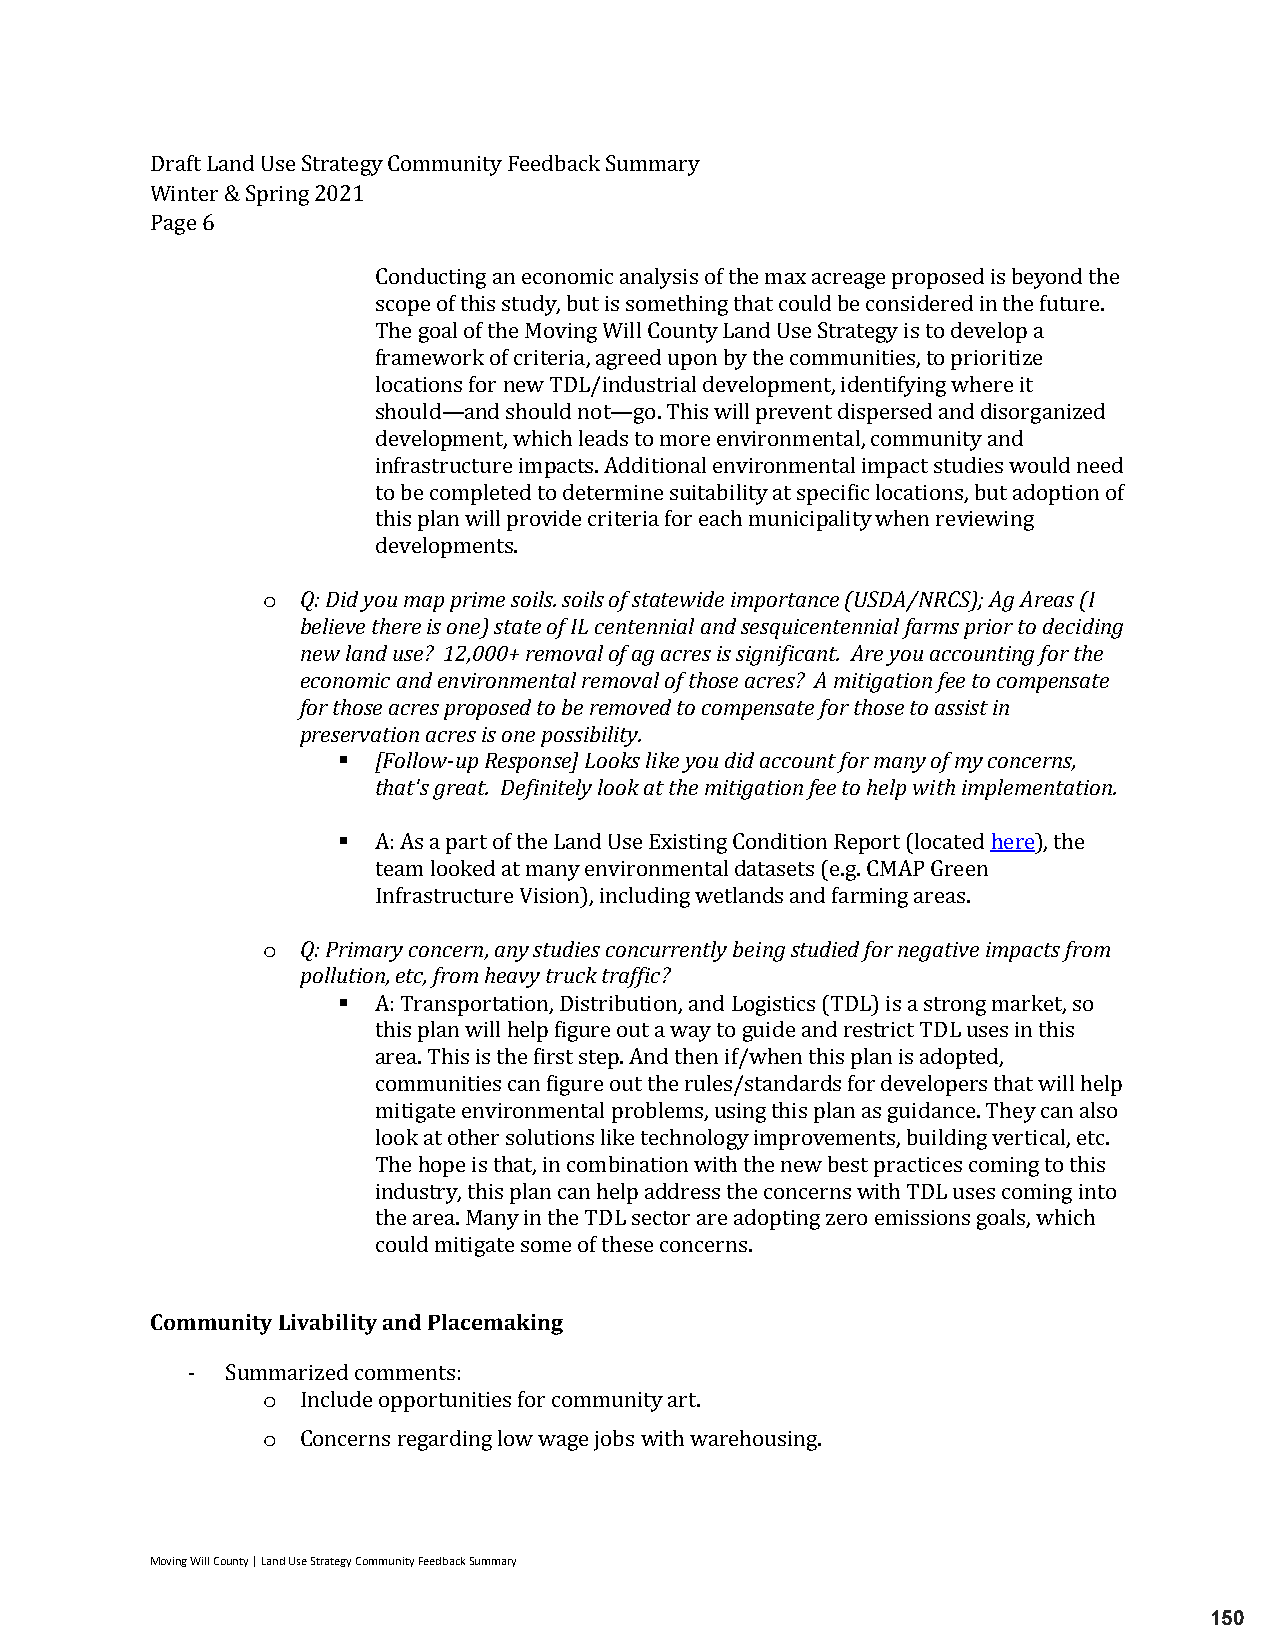
Draft Land Use Strategy Community Feedback Summary
 Winter & Spring 2021
 Page 6
 Conducting an economic analysis of the max acreage proposed is beyond the
 scope of this study, but is something that could be considered in the future.
 The goal of the Moving Will County Land Use Strategy is to develop a
 framework of criteria, agreed upon by the communities, to prioritize
 locations for new TDL/industrial development, identifying where it
 should—and should not—go. This will prevent dispersed and disorganized
 development, which leads to more environmental, community and
 infrastructure impacts. Additional environmental impact studies would need
 to be completed to determine suitability at specific locations, but adoption of
 this plan will provide criteria for each municipality when reviewing
 o  Q: Did yodue vmealopp pmriemnets s. o i l s. soils of statewide importance (USDA/NRCS); Ag Areas (I
 believe t here is one) state of IL centennial and sesquicentennial farms prior to deciding
 new land use? 12,000+ removal of ag acres is significant. Are you accounting for the
 economic and environmental removal of those acres? A mitigation fee to compensate
 for those acres proposed to be removed to compensate for those to assist in
 preservation acres is one possibility.
   [Follow-up Response] Looks like you did account for many of my concerns,
 that's great. Definitely look at the mitigation fee to help with implementation.
 
 A: As a part of the Land Use Existing Condition Report (located here), the
 team looked at many environmental datasets (e.g. CMAP Green
 o  Q: PrimaInryfr caosntrcuecrntu, raen yV isstiuodni)e,s i ncocnlucduirnrge nwtleyt lbaenindgs astnudd fieadrm foirn gn eagraetaisv.e impacts from
 pollution , etc, from heavy truck traffic?
 
 A: Transportation, Distribution, and Logistics (TDL) is a strong market, so
 this plan will help figure out a way to guide and restrict TDL uses in this
 area. This is the first step. And then if/when this plan is adopted,
 communities can figure out the rules/standards for developers that will help
 mitigate environmental problems, using this plan as guidance. They can also
 look at other solutions like technology improvements, building vertical, etc.
 The hope is that, in combination with the new best practices coming to this
 industry, this plan can help address the concerns with TDL uses coming into
 the area. Many in the TDL sector are adopting zero emissions goals, which
 could mitigate some of these concerns.
 Community Livability and Placemaking
 o
 -  Summarized comments:
 o
 Include opportunities for community art.
 Concerns regarding low wage jobs with warehousing.
 Moving Will County | Land Use Strategy Community Feedback Summary
 150